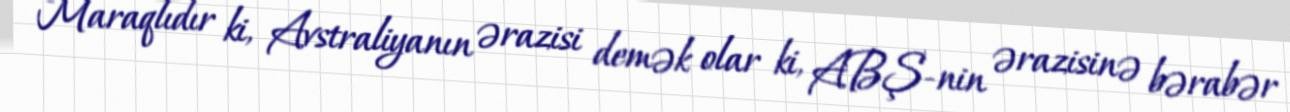
Maraqlıdır ki, Avstraliyanın ərazisi demək olar ki, ABŞ-nin ərazisinə bərabər